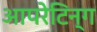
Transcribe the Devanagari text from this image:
आपरेटिन्ग